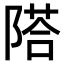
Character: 𨻇